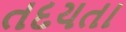
તદયતા